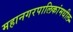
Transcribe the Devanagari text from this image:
महानगरपालिकांमधील